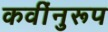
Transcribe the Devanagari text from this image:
कवींनुरूप